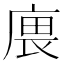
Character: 𢉝